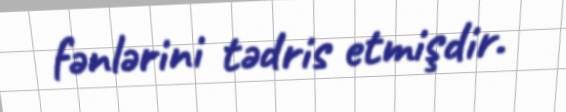
fənlərini tədris etmişdir.